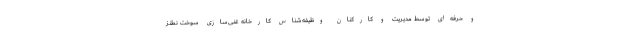
و حرفه‌ای توسط مدیریت و کارکنان وظیفه‌شناس کارخانه غنی‌سازی سوخت نطنز